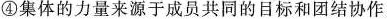
④集体的力量来源于成员共同的目标和团结协作